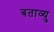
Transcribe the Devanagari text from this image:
बताव्यु